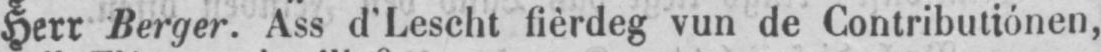
Herr Berger. Ass d’Lescht fièrdeg vun de Contributiónen,